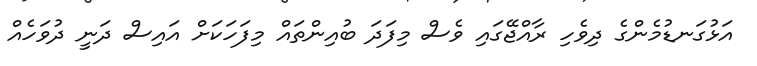
އަޅުގަނޑުމެންގެ ދިވެހި ރާއްޖޭގައި ވެސް މިފަދަ ބުއިންތައް މިފަހަކަށް އައިސް ދަނީ ދުވަހެއް